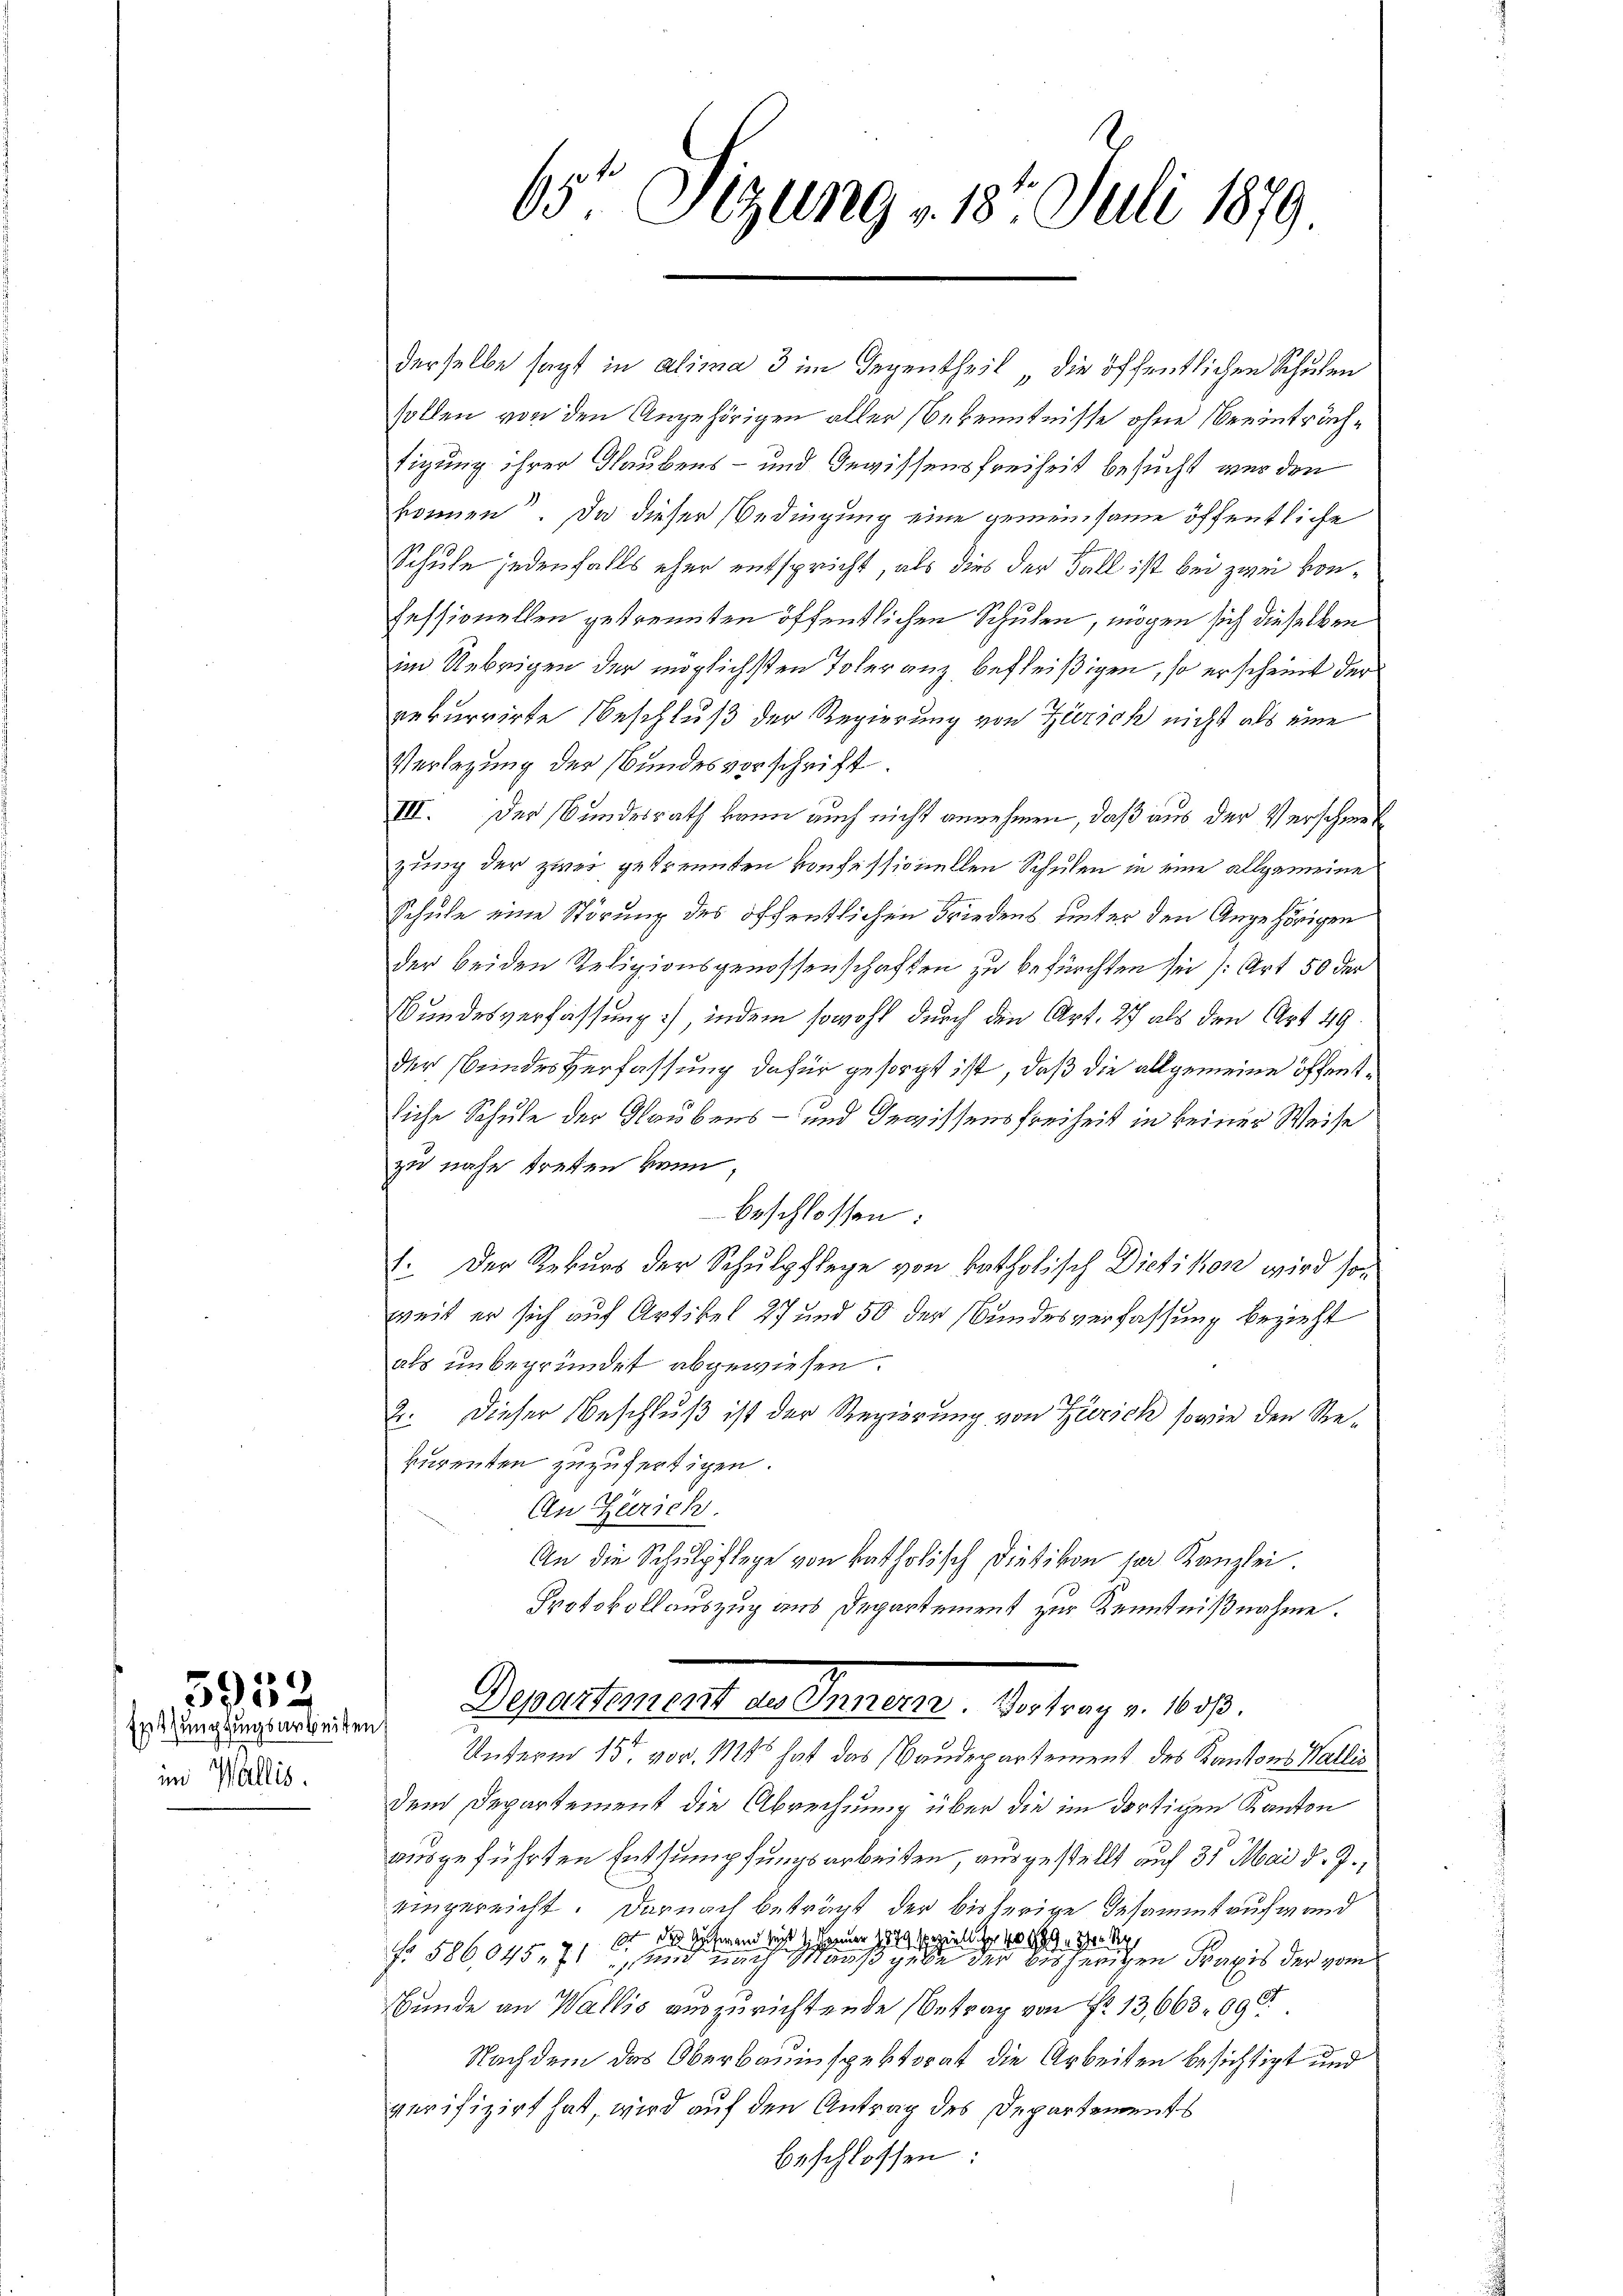
Entsumpfungsarbeiten
im Wallis.

3959

65 Sizung » 18. Juli 1879.

derselbe sagt in alima 3 im Gegentheil die öffentlichen Schulen
sollen von den Angehörigen aller Bekenntnisse ohne Beeinträchtigung ihrer Glaubens- und Gewissensfreiheit besucht wurden
können. Da dieser Bedingung eine gemeinsame öffentliche
J
Schule jedenfalls eher entspricht, als dies der Fall ist bei zwei konfessionellen getrennten öffentlichen Schulen, mögen sich dieselben
im Uebrigen der möglichsten Toleranz befleißigen, so erscheint der
rekurrirte Beschluß der Regierung von Zürich nicht als eine
Verlegung der Bundesverschrift.
III. Der Bundesrath kann auch nicht annehmen, daß aus der Verschwert
zung der zwei getrennten konfessionellen Schulen in eine allgemeine
schule eine Störung des öffentlichen Friedens unter den Angehörigen
der beiden Religionsgenossenschaften zu befürchten sei (Art 50 der
Bundesverfassung, indem sowohl durch die Art. 27 als den Art. 49
der Beindes Verfassung dafür gesorgt ist, daß die allgemeine öffentliche Schule der Glaubens- und Gewissens Freiheit in keiner Weise
zu nahe treten kann
beschlossen:
1. Der Rekurs der Schulpflege von katholisch Dietikon wird soweit er sich auf Artikel 27 und 50 der Bundesverfassung bezieht
als unbegründet abgewiesen.
2. Dieser Beschluß ist der Regierung von Zürich sowie den Stepurenten zuzufertigen.
An Gerich.
An die Schulpflege von katholisch Dietikon her Kanzlei
Protokollauszug aus Departement zur Kenntnißnahme.
¬
Departement des Innern. Vortrag v. 16 ds.
Unterm 15. vor. Mts hat das Baudepartement des Kantons Wallis
dem Departement die Abrechnung über die im dortigen Kanton
ausgeführten Entsumpfungsarbeiten, ausgestellt auf 31 Mai d. J.,
eingereicht. Darnach beträgt der bisherige Gesammt aufwand
de des Antwand seit 1. Jänner 1849 zu ihr 1889 ihr S
fo 586,045. 71, und nach Maaß gebe der bisherigen Praxis der vom
Bunde an Wallis auszurichtende Betrag von Nr. 13,663. 890
Nachdem das Oberbauinspektorat die Arbeiten besichtigt und
verifizirt hat wird auf den Antrag des Departements
beschlossen: